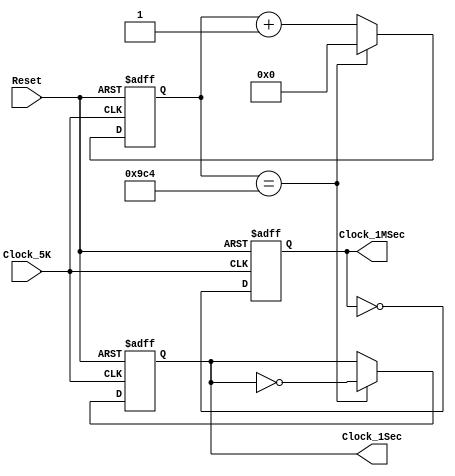
/*clock_gen.v*/
/*Clock Generator */
module clock_gen(Clock_5K, Reset, Clock_1Sec, Clock_1MSec);

input Clock_5K, Reset;
output reg Clock_1MSec;
output reg Clock_1Sec;
reg[11:0] count; // Clock_1Sec    

always @(posedge Clock_5K or negedge Reset)
begin

  if(!Reset)
  begin
    /*Clock_1MSec, Clock_1Sec, count  0 */
    Clock_1MSec <= 0;
    Clock_1Sec <= 0;
    count <= 0;
  end
  
  else
  begin
    count <= count + 1; // count 1 
    Clock_1MSec <= ~Clock_1MSec;   // Clock_1MSec 
    
    if(count == 2500)
    begin
      /* 0.5 Clock_1Sec (2.5KHz)*/
      Clock_1Sec <= ~Clock_1Sec;
      count <= 0;
    end
    
    else  Clock_1Sec <= Clock_1Sec;
  end

end

endmodule